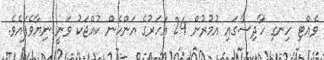
ވެއްޓި ހިނގި ހާދިސާގައި އުމުރުން 24 އަހަރުގެ އަންހެން ކުއްޖަކު ވަނީ ނިޔާވެފައެވެ.